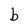
Character: b